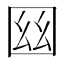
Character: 𡇟